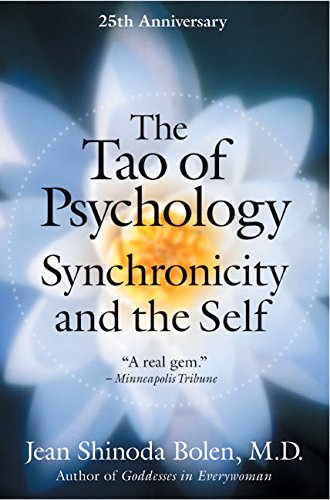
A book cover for The Tao of Psychology: Synchronicity and the Self; Jean Shinoda, M.D. Bolen; Religion & Spirituality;